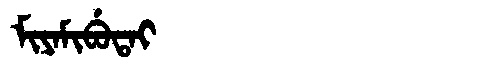
Manchu: ᠮᡳᠶᠠᠮᡳᠪᡠᡨᠠᡳ
Romanization: MIYAMIBUTAI